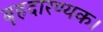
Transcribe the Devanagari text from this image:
बृहदारण्यक।